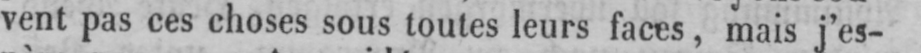
vent pas ces choses sous toutes leurs faces, mais j’es-